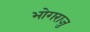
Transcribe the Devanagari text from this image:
भोगराजु